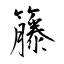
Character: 籐